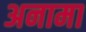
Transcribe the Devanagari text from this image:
अनामा